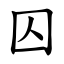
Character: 囚